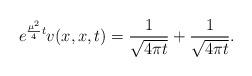
LaTeX: \begin{align*}e^{\frac{\mu^{2}}{4}t} v(x,x,t)= \frac{1}{\sqrt{4\pi t}} + \frac{1}{\sqrt{4\pi t}} .\end{align*}